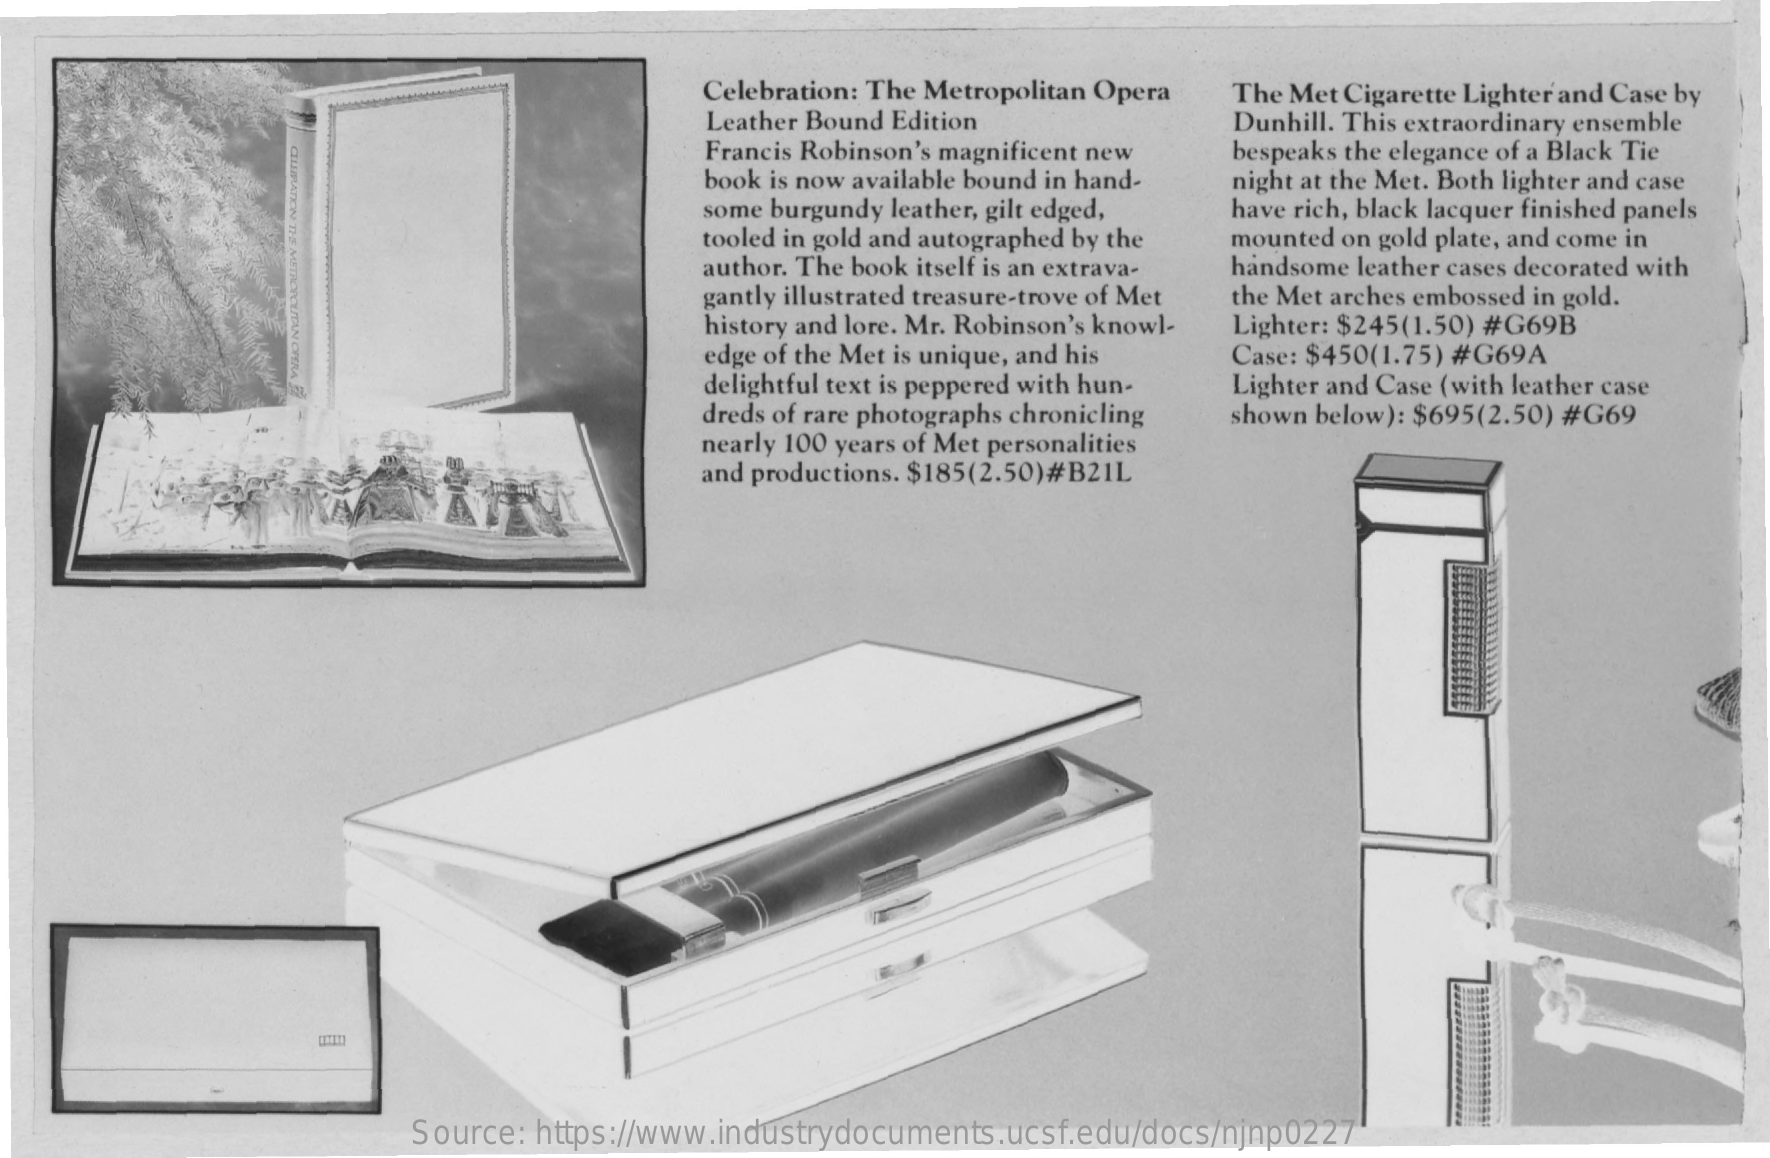
Celebration: The Metropolitan Opera
     Leather Bound Edition
     The Met Cigarette Lighter and Case by
     Dunhill. This extraordinary ensemble
     Francis Robinson's magnificent new
     CELEBRATION
     THE
     book is now available bound in hand-
     bespeaks the elegance of a Black Tie
     some burgundy leather, gilt edged,
     night at the Met. Both lighter and case
     tooled in gold and autographed by the
     have rich, black lacquer finished panels
     author. The book itself is an extrava-
     mounted on gold plate, and come in
     handsome leather cases decorated with
     gantly illustrated treasure-trove of Met
     history and lore. Mr. Robinson's knowl-
     the Met arches embossed in gold.
     Lighter: $245(1.50) #G69B
     edge of the Met is unique, and his Case: $450(1.75) #G69A
     delightful text is peppered with hun-
     dreds of rare photographs chronicling
     Lighter and Case (with leather case
     shown below): $695(2.50) #G69
     nearly 100 years of Met personalities
     and productions. $185(2.50)#B21L
     Source: https://www.industrydocuments.ucsf.edu/docs/njnp0227